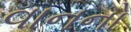
વાનનો